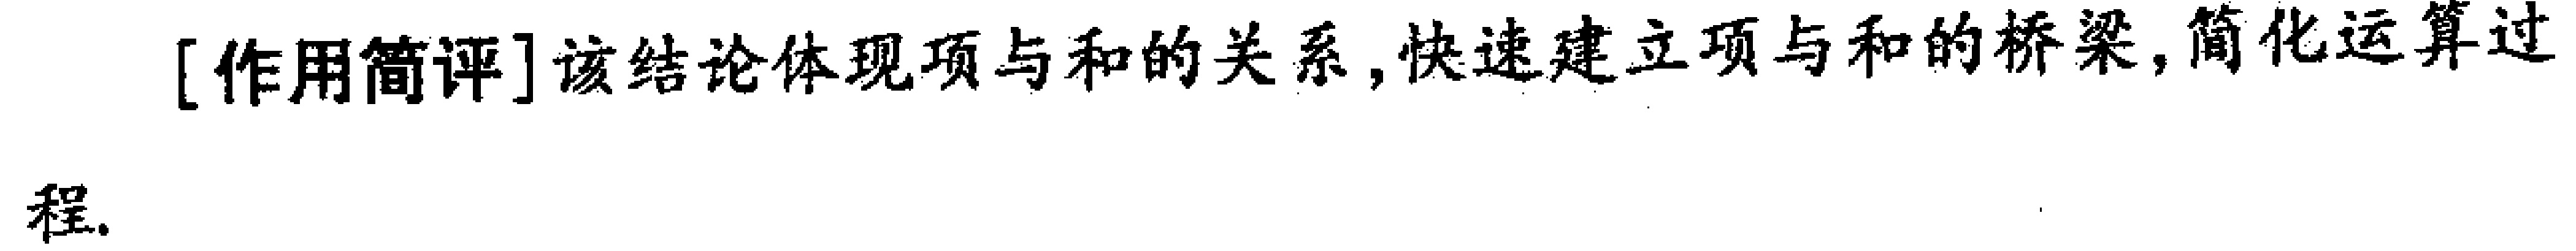
[作用简评]该结论体现项与和的关系,快速建立项与和的桥梁,简化运算过程.